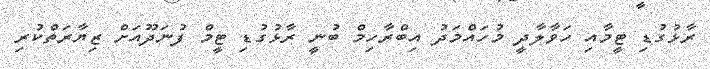
ރާޅުގުޑި ޓީމާއި ހަވާލާދީ މުހައްމަދު އިބްރާހިމް ބުނީ ރާޅުގުޑި ޓީމް ފުނަދޫއަށް ޒިޔާރަތްކުރި